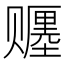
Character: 𬥿